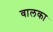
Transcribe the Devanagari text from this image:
वालका